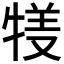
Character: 𤚇